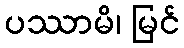
ပဿာမိ၊ မြင်